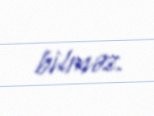
bilməz.